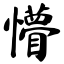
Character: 懵